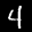
Label: 4